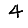
Digit: 4